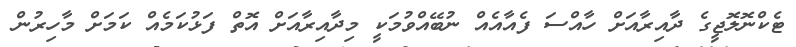
ޓެކްނޮލޮޖީގެ ދާއިރާއަށް ހާއްސަ ފެއާއެއް ނުބޭއްވުމަކީ މިދާއިރާއަށް އޮތް ފަޅުކަމެއް ކަމަށް މާހިރުން